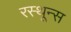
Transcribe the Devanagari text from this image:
रस्थून्स